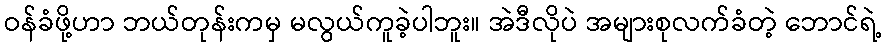
ဝန်ခံဖို့ဟာ ဘယ်တုန်းကမှ မလွယ်ကူခဲ့ပါဘူး။ အဲဒီလိုပဲ အများစုလက်ခံတဲ့ ဘောင်ရဲ့